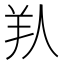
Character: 𦍏